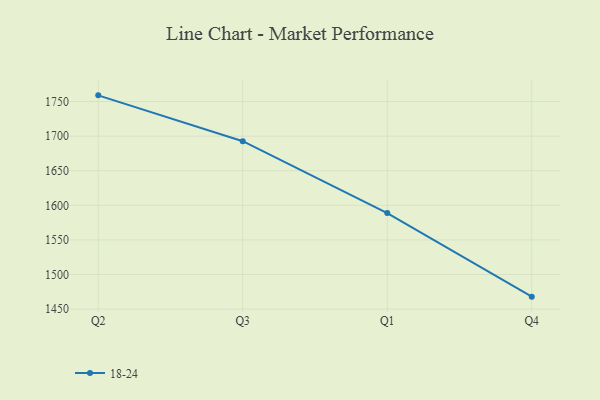
{"axis": {"x": "Quarter", "y": "Humidity (%)"}, "legend": ["18-24"], "data": [{"x": "Q2", "y": 1759.0, "type": "18-24"}, {"x": "Q3", "y": 1692.7, "type": "18-24"}, {"x": "Q1", "y": 1588.9, "type": "18-24"}, {"x": "Q4", "y": 1468.0, "type": "18-24"}]}